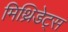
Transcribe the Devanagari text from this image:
मिथ्रिडेट्स